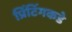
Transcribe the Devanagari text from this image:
प्रिंटिंगकडे